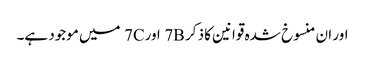
اور ان منسوخ شدہ قوانین کا ذکر 7B اور7C میں موجود ہے۔